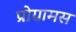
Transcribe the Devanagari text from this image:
प्रोग्रामस